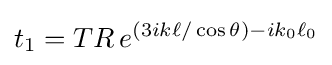
t_{1}=TR\,e^{\left(3ik\ell /\cos \theta \right)-ik_{0}\ell _{0}}